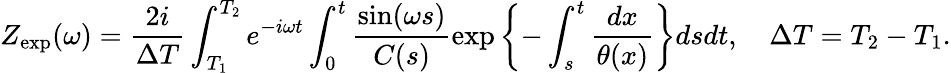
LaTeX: Z_{\mathrm{exp}}(\omega)=\frac{2i}{\Delta T}\int_{T_{1}}^{T_{2}}e^{-i\omega t}\int_{0}^{t}\frac{\sin(\omega s)}{C(s)}\exp\left\{ -\int_{s}^{t}\frac{dx}{\theta(x)}\right\} dsdt,\quad\Delta T=T_{2}-T_{1}.